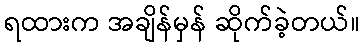
ရထားက အချိန်မှန် ဆိုက်ခဲ့တယ်။